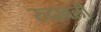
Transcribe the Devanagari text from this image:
रुदावली